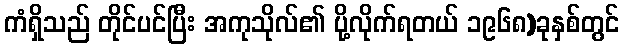
ကံရှိသည် တိုင်ပင်ပြီး အကုသိုလ်၏ ပို့လိုက်ရတယ် ၁၉၆၈)ခုနှစ်တွင်